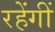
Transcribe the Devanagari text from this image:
रहेंगीं